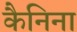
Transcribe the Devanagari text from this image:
कैनिना